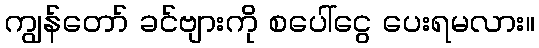
ကျွန်တော် ခင်ဗျားကို စပေါ်ငွေ ပေးရမလား။